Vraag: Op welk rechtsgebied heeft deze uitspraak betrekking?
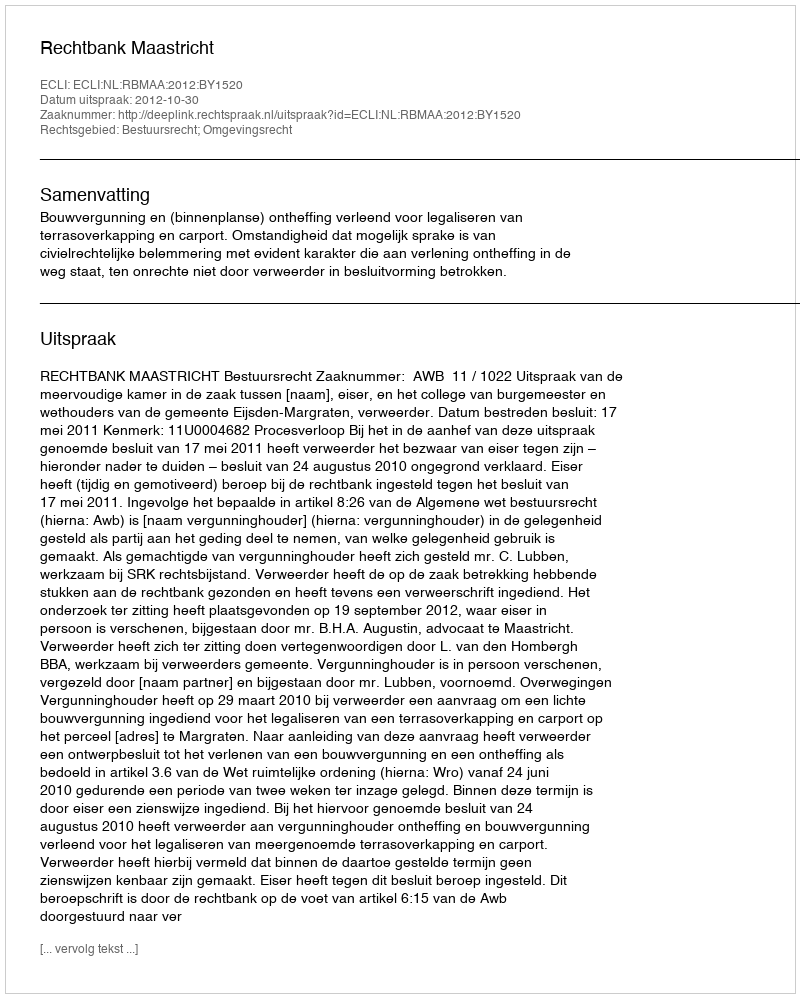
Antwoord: Bestuursrecht; Omgevingsrecht